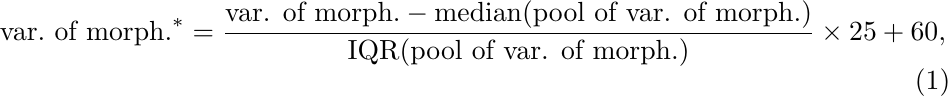
\begin{equation}
    \text{var.\ of\ morph.}^\ast = \frac{\text{var. of morph.} -\text{median}(\text{pool of var. of morph.})}{\text{IQR}(\text{pool of var. of morph.})}\times25+60,
\end{equation}